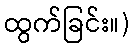
ထွက်ခြင်း။)